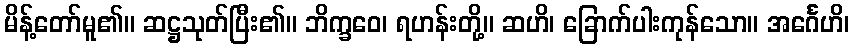
မိန့်တော်မူ၏။ ဆဋ္ဌသုတ်ပြီး၏။ ဘိက္ခဝေ၊ ရဟန်းတို့။ ဆဟိ၊ ခြောက်ပါးကုန်သော။ အင်္ဂေဟိ၊